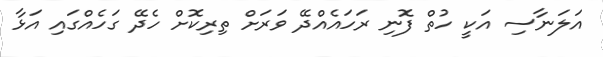
އަލަނާސި އަކީ ހުތް ފޮނި ރަހައެއްދޭ ވަރަށް ތިރިކޮށް ހެދޭ ގަހެއްގައި އަޅާ